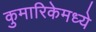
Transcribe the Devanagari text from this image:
कुमारिकेमध्ये